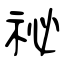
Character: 祕